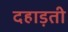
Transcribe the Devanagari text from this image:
दहाड़ती